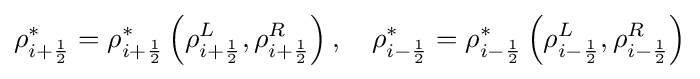
\rho _{i+{\frac {1}{2}}}^{*}=\rho _{i+{\frac {1}{2}}}^{*}\left(\rho _{i+{\frac {1}{2}}}^{L},\rho _{i+{\frac {1}{2}}}^{R}\right),\quad \rho _{i-{\frac {1}{2}}}^{*}=\rho _{i-{\frac {1}{2}}}^{*}\left(\rho _{i-{\frac {1}{2}}}^{L},\rho _{i-{\frac {1}{2}}}^{R}\right)